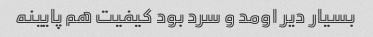
بسیار دیر اومد و سرد بود کیفیت هم پایینه